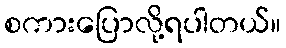
စကားပြောလို့ရပါတယ်။